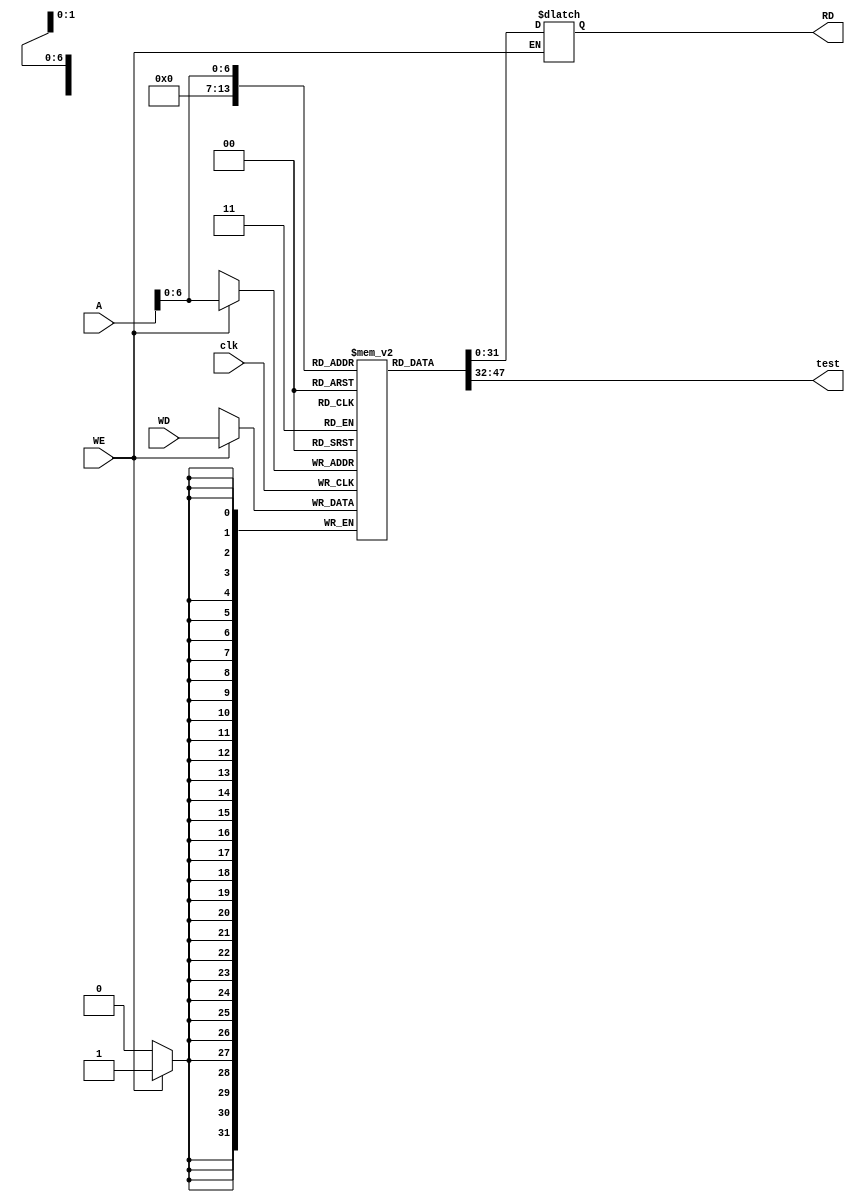
module data_mem(

input clk,
input [31:0] A,
input [31:0] WD,
input WE,
output reg [31:0] RD,
output  [15:0] test
);

reg [31:0] data_memory [0:99];


localparam addr=32'h0000_0000;
assign test=data_memory[addr[15:0]];
always @(*) begin
    if(WE==0)
    RD<=data_memory[A];
    
end

always @(posedge clk) begin
    if (WE==1)
    data_memory[A]<=WD;
    
end

endmodule